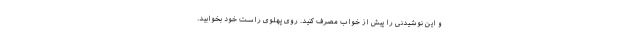
و این نوشیدنی را پیش از خواب مصرف کنید. روی پهلوی راست خود بخوابید.